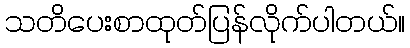
သတိပေးစာထုတ်ပြန်လိုက်ပါတယ်။